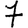
Digit: 7